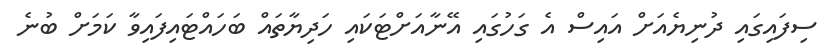
ސިފައިގައި ދުނިޔެއަށް އައިސް އެ ގަހުގައި އޭނާއަށްޓަކައި ހަދިޔާތައް ބަހައްޓައިފައިވާ ކަމަށް ބުނެ